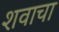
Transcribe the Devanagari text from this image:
शवाचा